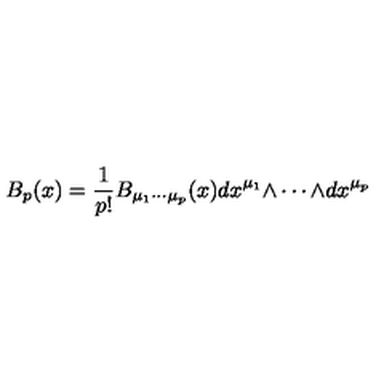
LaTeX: B _ { p } ( x ) = { \frac { 1 } { p ! } } B _ { \mu _ { 1 } \cdots \mu _ { p } } ( x ) d x ^ { \mu _ { 1 } } { \wedge \cdots \wedge } d x ^ { \mu _ { p } }